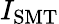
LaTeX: I_{\mathrm{SMT}}